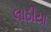
લાઠીયા